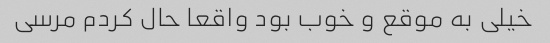
خیلی به موقع و خوب بود واقعا حال کردم مرسی